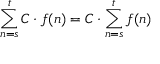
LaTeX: \sum _ { n = s } ^ { t } C \cdot f ( n ) = C \cdot \sum _ { n = s } ^ { t } f ( n ) \quad